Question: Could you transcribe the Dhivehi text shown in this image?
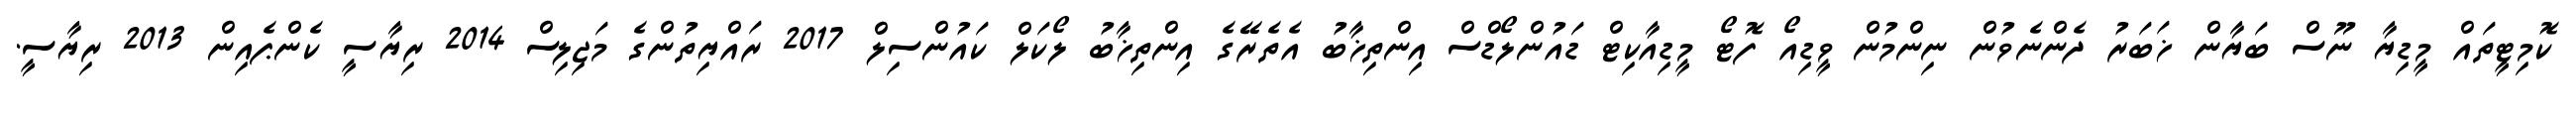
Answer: ކޮމިޓީތައް މީޑިޔާ ނޫސް ބަޔާން ޚަބަރު ދެންނެވުން ނިންމުން ވީޑިއޯ ފޮޓޯ މީޑިއާކިޓް ޑައުންލޯޑްސް އިންތިޚާބު އެތެރޭގެ އިންތިޚާބު ލޯކަލް ކައުންސިލް 2017 ރައްޔިތުންގެ މަޖިލިސް 2014 ރިޔާސީ ކެންޕެއިން 2013 ރިޔާސީ.